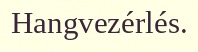
Hangvezérlés.